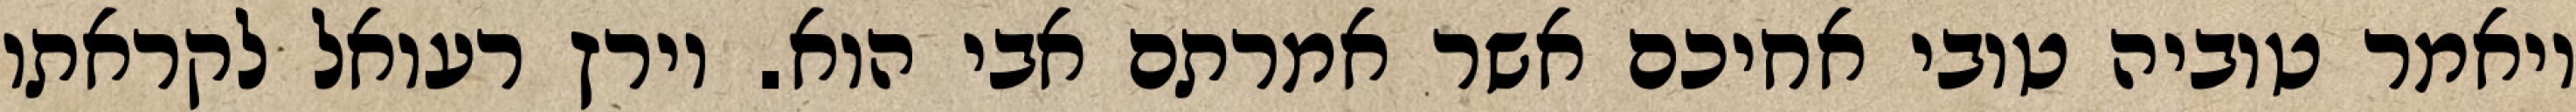
ויאמר טוביה טובי אחיכם אשר אמרתם אבי הוא. וירץ רעואל לקראתו